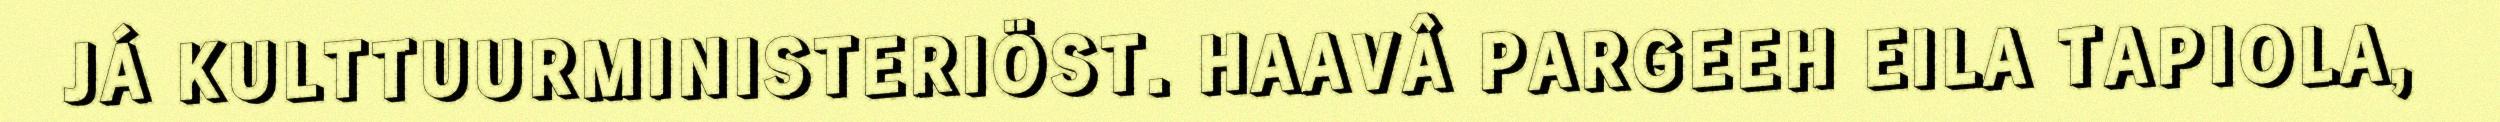
JÁ KULTTUURMINISTERIÖST. HAAVÂ PARGEEH EILA TAPIOLA,